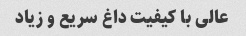
عالی با کیفیت داغ سریع و زیاد